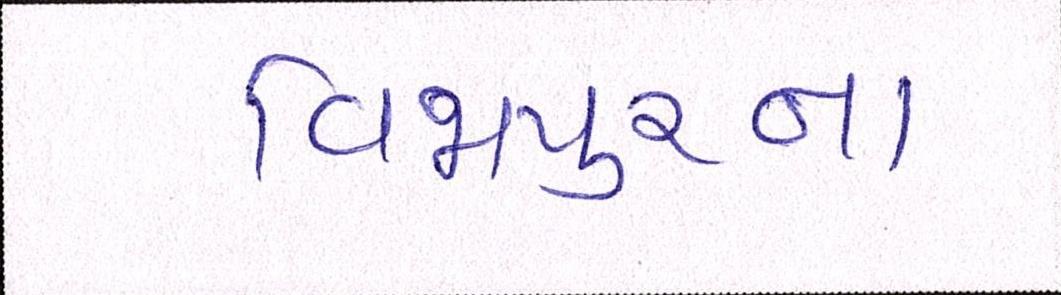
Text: વિજાપુરના